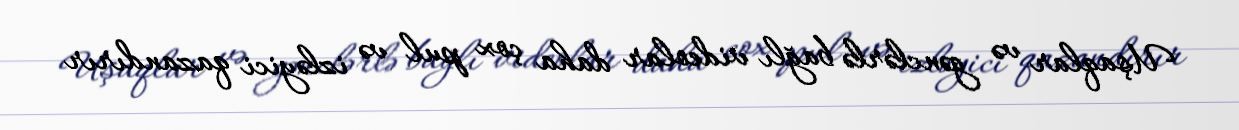
Uşaqlar və gənclərlə bağlı videolar daha çox pul və izləyici qazandırır